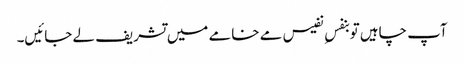
آپ چاہیں تو بنفسِ نفیس مے خامے میں تشریف لے جائیں۔